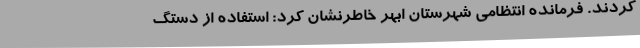
کردند. فرمانده انتظامی شهرستان ابهر خاطرنشان کرد: استفاده از دستگ